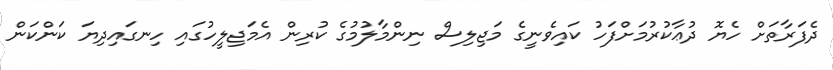
ދެފަރާތަށް ހެޔޮ ދުޢާކުރުމަށްފަހު ކައިވެނީގެ މަޖިލިސް ނިންމާލުމުގެ ކުރިން އެމަޖިލީހުގައި ހިނގައިދިޔަ ކަންކަން